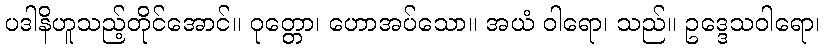
ပဒါနိဟူသည့်တိုင်အောင်။ ဝုတ္တော၊ ဟောအပ်သော။ အယံ ဝါရော၊ သည်။ ဥဒ္ဒေသဝါရော၊